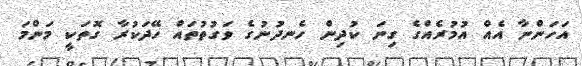
އަހަންނާ އެއް އުމުރެއްގެ ގިނަ ކުދިން ހެނދުނުގެ ވަގުތުތައް ހޭދަކުރާ ގޮތަކީ މަންމަ